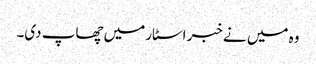
وہ میں نے خبر اسٹار میں چھاپ دی۔